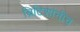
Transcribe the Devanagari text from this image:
ब्रिटिशांनीच